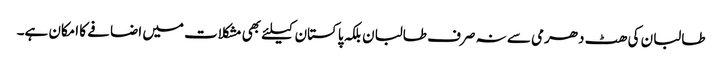
طالبان کی ھٹ دھرمی سے نہ صرف طالبان بلکہ پاکستان کیلئے بھی مشکلات میں اضافے کا امکان ہے۔